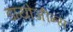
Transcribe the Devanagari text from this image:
डायोजीन्स